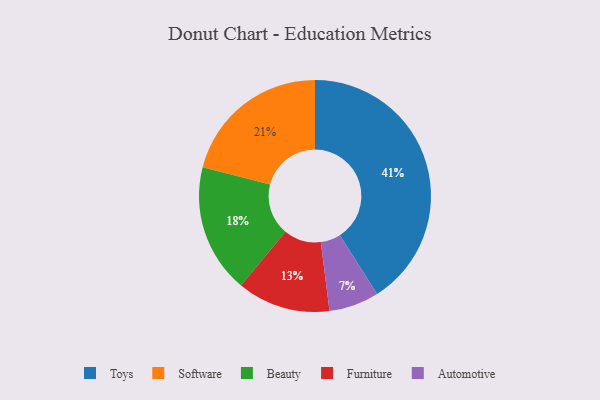
{"axis": {"x": "Category", "y": "Percentage"}, "legend": ["Automotive", "Beauty", "Furniture", "Software", "Toys"], "data": [{"x": "Toys", "y": 41, "type": "Toys"}, {"x": "Beauty", "y": 18, "type": "Beauty"}, {"x": "Furniture", "y": 13, "type": "Furniture"}, {"x": "Automotive", "y": 7, "type": "Automotive"}, {"x": "Software", "y": 21, "type": "Software"}]}